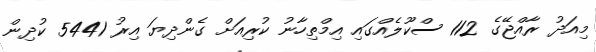
މިއަދު ރާއްޖޭގެ 112 ސްކޫލެއްގައި އިމްތިހާނު ކުރިއަށް ގެންދިޔަ އިރު 5441 ކުދިން